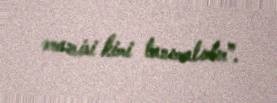
ərazisi kimi tanımalıdır”.